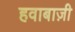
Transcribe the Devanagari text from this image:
हवाबाज़ी